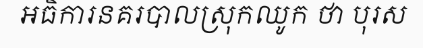
អធិការនគរបាលស្រុកឈូក ថា បុរស